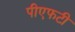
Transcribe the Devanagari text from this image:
पीएफटी